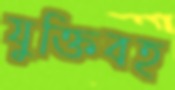
যুক্তিবহ